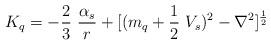
LaTeX: \begin{align*}K_q= -\frac{2}{3}~\frac{\alpha_s}{r} + [(m_q +\frac{1}{2}~V_s)^2 -\nabla^2]^{\frac{1}{2}} \end{align*}